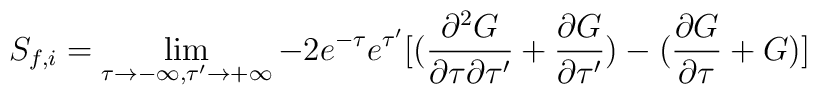
S_{f,i}=\lim_{\tau \rightarrow -\infty,\tau' \rightarrow +\infty}-{2e^{- \tau}e^{\tau'}}[(\frac{\partial^2 G}{\partial \tau  \partial \tau'} +\frac{\partial G}{\partial \tau'})-(\frac {\partial G}{\partial \tau} + G)]